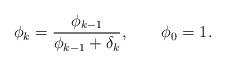
LaTeX: \begin{align*}\phi_{k}=\frac{\phi_{k-1}}{\phi_{k-1}+\delta_{k}},\qquad\phi_{0}=1.\end{align*}